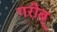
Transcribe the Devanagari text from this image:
गरीब्